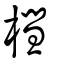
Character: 槥